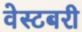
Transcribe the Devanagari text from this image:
वेस्टबरी